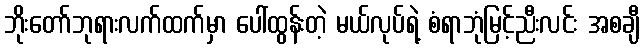
ဘိုးတော်ဘုရားလက်ထက်မှာ ပေါ်ထွန်းတဲ့ မယ်လုပ်ရဲ့ စံရာဘုံမြင့်ညီးလင်း အစချီ